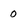
Character: 0